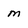
Character: m